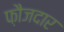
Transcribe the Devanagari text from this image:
फ़ौजदार